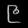
Digit: ၉